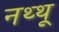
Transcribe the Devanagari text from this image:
नथ्थू